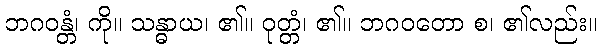
ဘဂဝန္တံ၊ ကို။ သန္ဓာယ၊ ၏။ ဝုတ္တံ၊ ၏။ ဘဂဝတော စ၊ ၏လည်း။